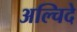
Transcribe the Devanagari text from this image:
अल्चिदे